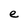
Character: e